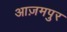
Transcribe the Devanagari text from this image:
आज़मपुर